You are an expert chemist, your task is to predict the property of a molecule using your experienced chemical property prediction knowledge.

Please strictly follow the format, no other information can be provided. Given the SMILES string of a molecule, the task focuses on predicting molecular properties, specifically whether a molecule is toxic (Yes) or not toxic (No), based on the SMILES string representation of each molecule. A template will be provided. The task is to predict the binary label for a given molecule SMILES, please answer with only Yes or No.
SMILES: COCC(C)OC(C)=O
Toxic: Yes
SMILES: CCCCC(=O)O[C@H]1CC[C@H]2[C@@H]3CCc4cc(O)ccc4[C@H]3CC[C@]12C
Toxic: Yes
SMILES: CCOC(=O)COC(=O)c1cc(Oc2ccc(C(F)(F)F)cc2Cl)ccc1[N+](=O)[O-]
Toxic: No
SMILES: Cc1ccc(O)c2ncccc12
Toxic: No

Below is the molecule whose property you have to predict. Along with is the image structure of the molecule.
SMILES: OC(C#CCN1CCCC1)(c1ccccc1)c1ccccc1
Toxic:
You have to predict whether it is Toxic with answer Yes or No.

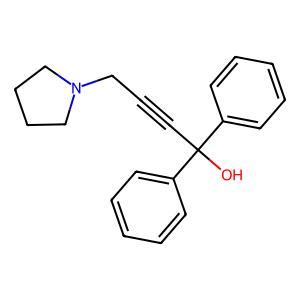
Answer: No